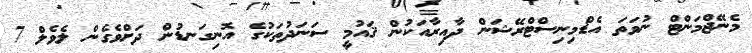
މެނޭޖްމަންޓް ނުވަތަ އެޑްމިނިސްޓްރޭޝަން ދާއިރާއަކުން ޤައުމީ ސަނަދުތަކުގެ އޮނިގަނޑުން ދަށްވެގެން ލެވެލް 7